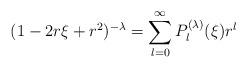
LaTeX: \begin{align*}(1-2r\xi+r^{2})^{-\lambda}=\sum_{l=0}^{\infty}P_{l}^{(\lambda)}(\xi)r^{l}\end{align*}